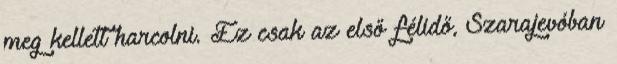
meg kellett harcolni. Ez csak az első félidő, Szarajevóban